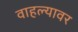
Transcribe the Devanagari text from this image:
वाहल्यावर